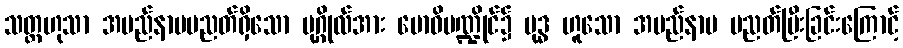
သတ္တဟုသာ အမည်နာမပညတ်ရှိသော ပုဂ္ဂိုလ်အား ဗောဓိမဏ္ဍိုင်၌ ဗုဒ္ဓ ဟူသော အမည်နာမ ပညတ်ပြီးခြင်းကြောင့်